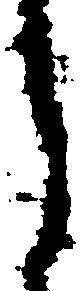
し